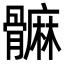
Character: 髍